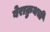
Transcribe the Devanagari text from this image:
बेराक्रुथची